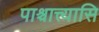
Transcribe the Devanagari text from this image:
पाश्चात्त्यासि